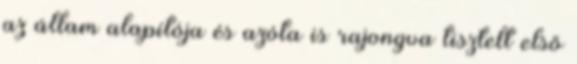
az állam alapítója és az­óta is rajongva tisztelt első